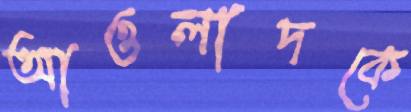
আওলাদকে